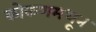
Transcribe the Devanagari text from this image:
कोकणमधून